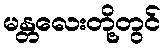
မန္တလေးတို့တွင်